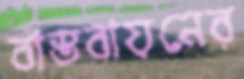
বাস্তবায়নের